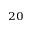
_ { 2 0 }